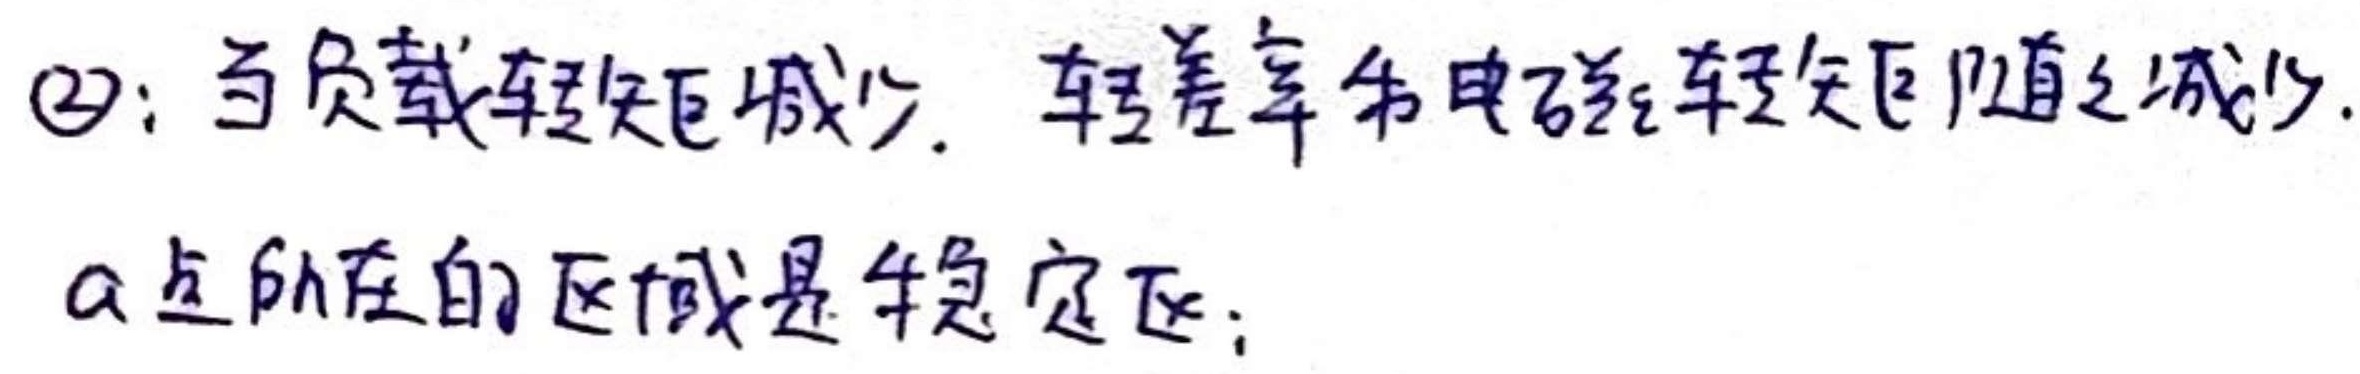
(2)：当负载转矩减少，转差率和电磁转矩随之减少.
a点所在的区域是不稳定区;